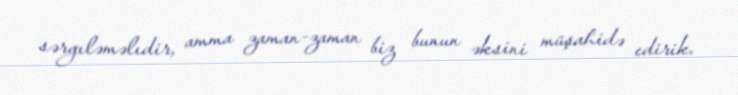
sərgıləməlıdir, amma zaman-zaman biz bunun əksini müşahidə edirik.